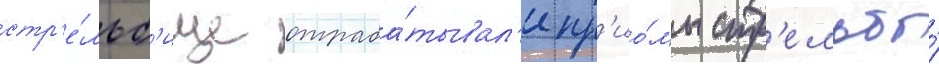
стр'е́льб'ище отраба́тывал'и пр'ио́мы стр'ельбы́